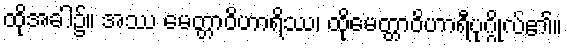
ထိုအခါ၌။ အဿ မေတ္တာဝိဟာရိဿ၊ ထိုမေတ္တာဝိဟာရီပုဂ္ဂိုလ်၏။